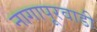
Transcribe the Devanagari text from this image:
नागापूरवाडी